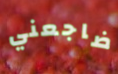
ضاجعني